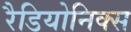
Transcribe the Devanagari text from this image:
रैडियोनिक्स